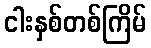
ငါးနှစ်တစ်ကြိမ်